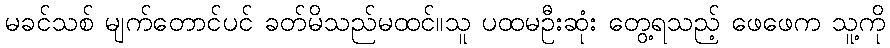
မခင်သစ် မျက်တောင်ပင် ခတ်မိသည်မထင်။သူ ပထမဦးဆုံး တွေ့ရသည့် ဖေဖေက သူ့ကို